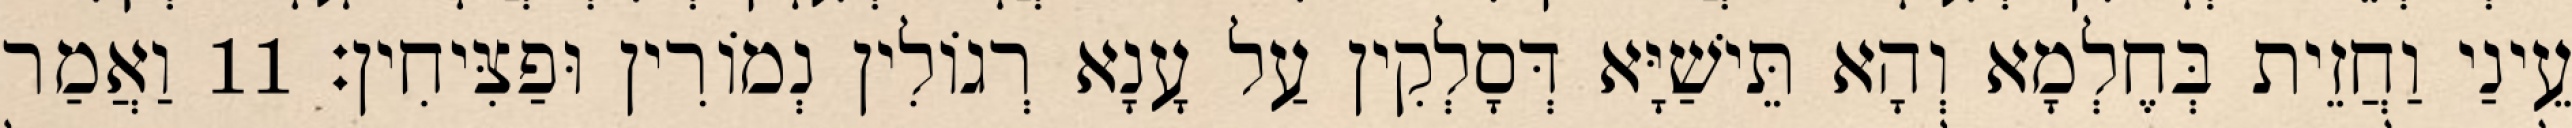
עֵינַי וַחֲזֵית בְּחֶלְמָא וְהָא תֵּישַׁיָּא דְּסָלְקִין עַל עָנָא רְגוֹלִין נְמוֹרִין וּפַצִּיחִין׃ 11 וַאֲמַר